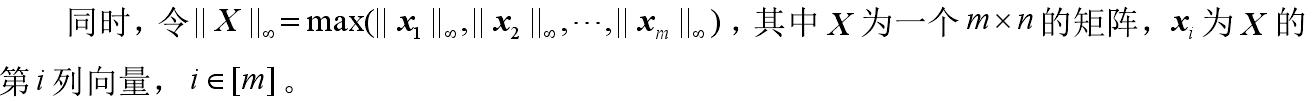
同时，令$\| X \|_{\infty}=\max(\| \boldsymbol{x}_{1} \|_{\infty},\| \boldsymbol{x}_{2} \|_{\infty},\cdots,\| \boldsymbol{x}_{m} \|_{\infty})$，其中$X$为一个$m\times n$的矩阵，$\boldsymbol{x}_{i}$为$X$的第$i$列向量，$i \in [m]$。